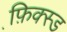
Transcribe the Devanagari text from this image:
फ़ि़क्स्ड